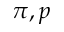
\pi , p